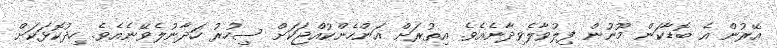
އޭރުން އެ ބޮޑާކަން މޫނުން ފިލުވާލެވިދާނެއެވެ. އިތުރަށް އަންހެންކުއްޖަކަށް ސިހުރު ހަދާނުލެވޭނެއެވެ. ހިދުކޮޅަކަށް